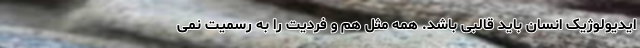
ایدیولوژیک انسان باید قالبی باشد. همه مثل هم و فردیت را به رسمیت نمی